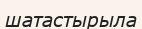
шатастырыла